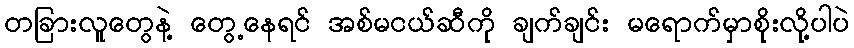
တခြားလူတွေနဲ့ တွေ့နေရင် အစ်မငယ်ဆီကို ချက်ချင်း မရောက်မှာစိုးလို့ပါပဲ